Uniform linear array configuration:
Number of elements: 24
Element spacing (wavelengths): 0.75
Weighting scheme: kaiser
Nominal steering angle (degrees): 60
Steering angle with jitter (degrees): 59.299
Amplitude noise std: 0.05
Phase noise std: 0.05

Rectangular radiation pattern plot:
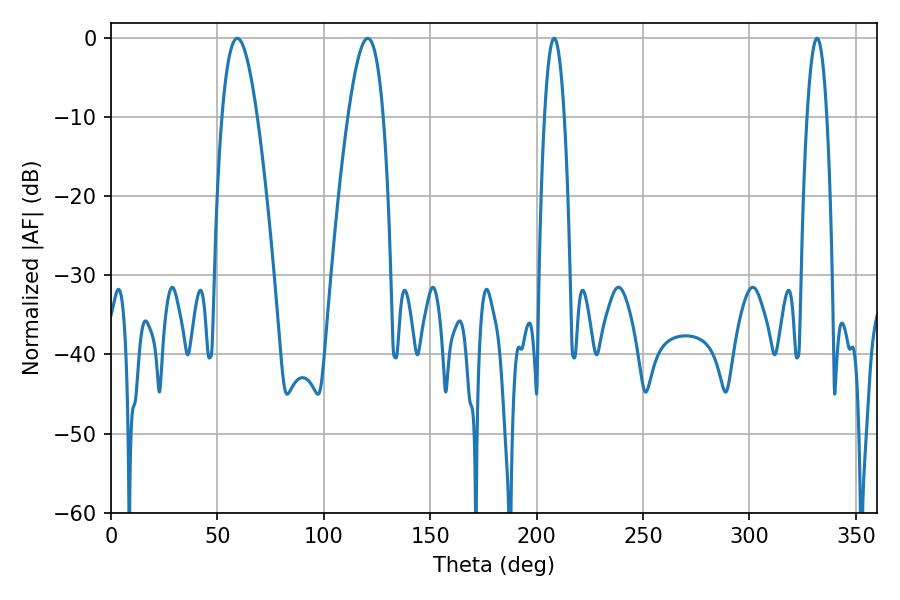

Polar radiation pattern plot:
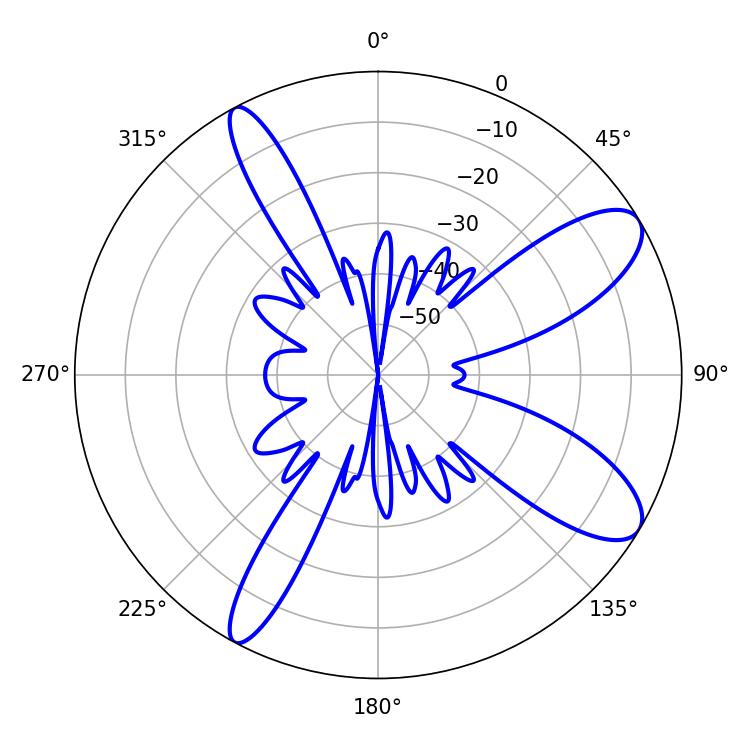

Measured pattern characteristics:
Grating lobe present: TRUE
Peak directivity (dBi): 9.931
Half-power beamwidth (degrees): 5.04
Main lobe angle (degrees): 331.74